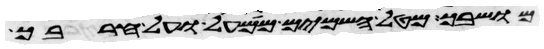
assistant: מושבך מטל השמים ממעל ועל חרבך